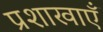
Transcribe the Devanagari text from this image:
प्रशाखाऍं